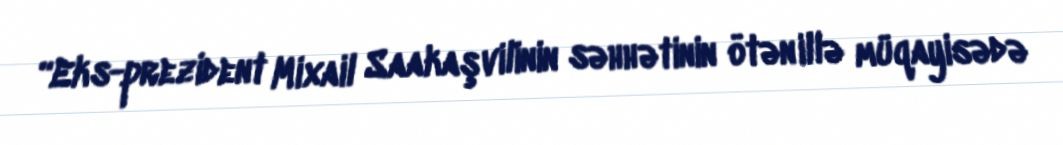
“Eks-prezident Mixail Saakaşvilinin səhhətinin ötən illə müqayisədə